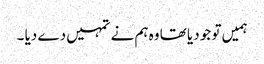
ہمیں تو جو دیا تھا وہ ہم نے تمہیں دے دیا ۔